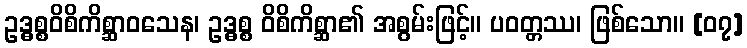
ဥဒ္ဓစ္စဝိစိကိစ္ဆာဝသေန၊ ဥဒ္ဓစ္စ ဝိစိကိစ္ဆာ၏ အစွမ်းဖြင့်။ ပဝတ္တဿ၊ ဖြစ်သော။ [၀၇]